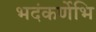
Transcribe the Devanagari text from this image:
भदंकर्णेभि